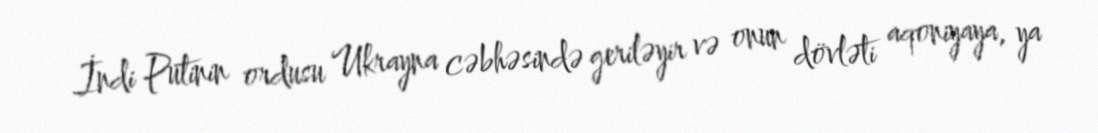
İndi Putinin ordusu Ukrayna cəbhəsində geriləyir və onun dövləti aqoniyaya, ya